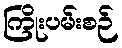
ကြိုးပမ်းစဉ်